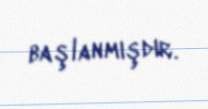
başlanmışdır.